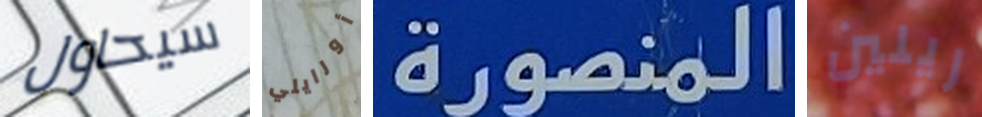
سيحاول أورايلي المنصورة ريلين